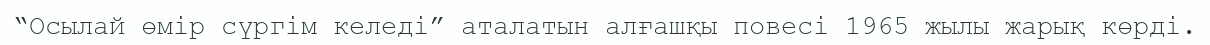
“Осылай өмір сүргім келеді” аталатын алғашқы повесі 1965 жылы жарық көрді.